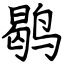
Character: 鹖